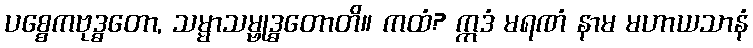
ပစ္စေကဗုဒ္ဓတော, သမ္မာသမ္ဗုဒ္ဓတောတိ။ ကထံ? ဣဒံ မရဏံ နာမ မဟာယသာနံ